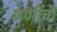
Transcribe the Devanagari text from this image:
जणींची